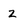
Character: 2